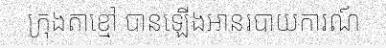
ក្រុងតាខ្មៅ បានឡើងអានរបាយការណ៍